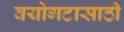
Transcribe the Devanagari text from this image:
वयोगटासाठी